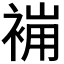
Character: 𧚸